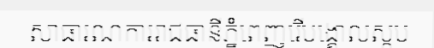
សាធារណការរាជធានីភ្នំពេញរើបង្គោលស្តុប